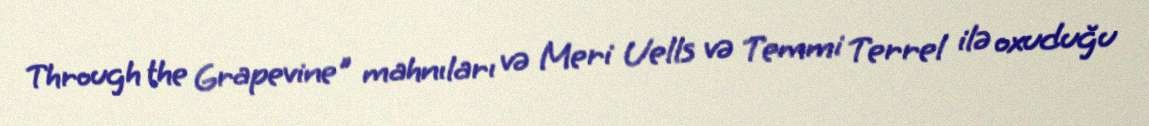
Through the Grapevine" mahnıları və Meri Uells və Temmi Terrel ilə oxuduğu